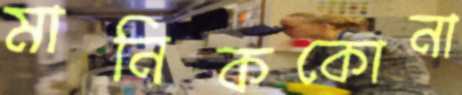
মানিককোনা